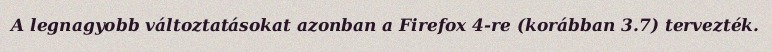
A legnagyobb változtatásokat azonban a Firefox 4-re (korábban 3.7) tervezték.